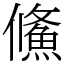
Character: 鯈